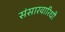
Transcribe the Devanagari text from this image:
संसारवारिधौ